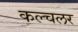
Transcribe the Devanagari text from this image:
कल्चलर